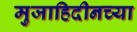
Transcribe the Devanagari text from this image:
मुजाहिदीनच्या